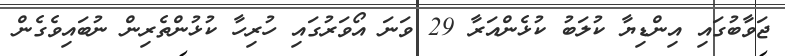
ޖަވާބުގައި އިންޑިޔާ ކުލަބު ކުޅެންއަރާ 29 ވަނަ އޯވަރުގައި ހުރިހާ ކުޅުންތެރިން ނުބައިވެގެން